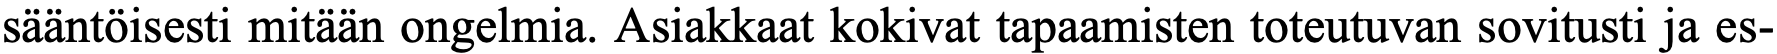
sääntöisesti mitään ongelmia. Asiakkaat kokivat tapaamisten toteutuvan sovitusti ja es-